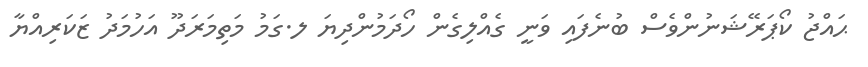
ޙައްޖު ކޯޕަރޭޝަނުންވެސް ބުނެފައި ވަނީ ގެއްލިގެން ހޯދަމުންދިޔަ ލ.ގަމު މަތިމަރަދޫ އަހުމަދު ޒަކަރިއްޔާ